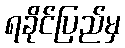
ရခိုင်ပြည်မှ